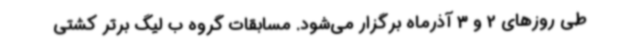
طی روزهای 2 و 3 آذرماه برگزار می‌شود. مسابقات گروه ب لیگ برتر کشتی